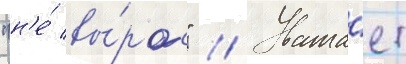
"н'е́ вы́рос" // Уважа́ет